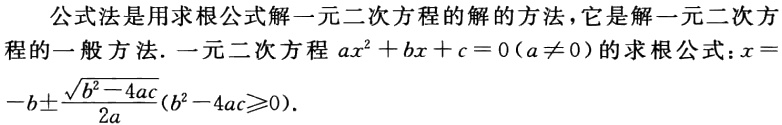
公式法是用求根公式解一元二次方程的解的方法，它是解一元二次方程的一般方法. 一元二次方程\(ax^{2}+bx + c = 0(a\neq0)\)的求根公式：\(x=\frac{-b\pm\sqrt{b^{2}-4ac}}{2a}(b^{2}-4ac\geqslant0)\).